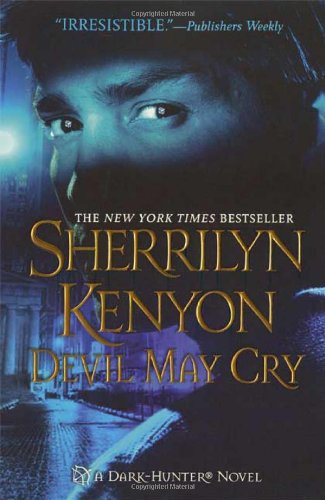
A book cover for Devil May Cry (Dark-Hunter, Book 11); Sherrilyn Kenyon; Romance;